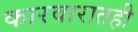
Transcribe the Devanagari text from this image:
कारवारातही